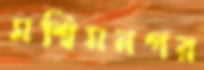
মশ্বিমনগর